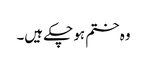
وہ ختم ہو چکے ہیں۔